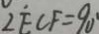
\angle E C F = 9 0 ^ { \circ }